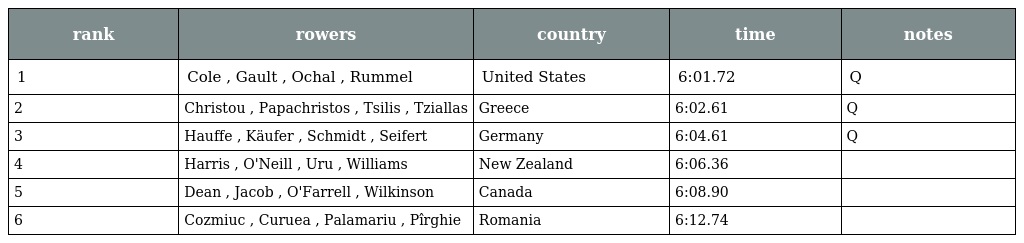
| rank | rowers | country | time | notes |
 | --- | --- | --- | --- | --- |
 | 1 | Cole , Gault , Ochal , Rummel | United States | 6:01.72 | Q |
 | 2 | Christou , Papachristos , Tsilis , Tziallas | Greece | 6:02.61 | Q |
 | 3 | Hauffe , Käufer , Schmidt , Seifert | Germany | 6:04.61 | Q |
 | 4 | Harris , O'Neill , Uru , Williams | New Zealand | 6:06.36 |  |
 | 5 | Dean , Jacob , O'Farrell , Wilkinson | Canada | 6:08.90 |  |
 | 6 | Cozmiuc , Curuea , Palamariu , Pîrghie | Romania | 6:12.74 |  |